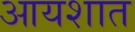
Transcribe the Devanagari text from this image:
आयशात